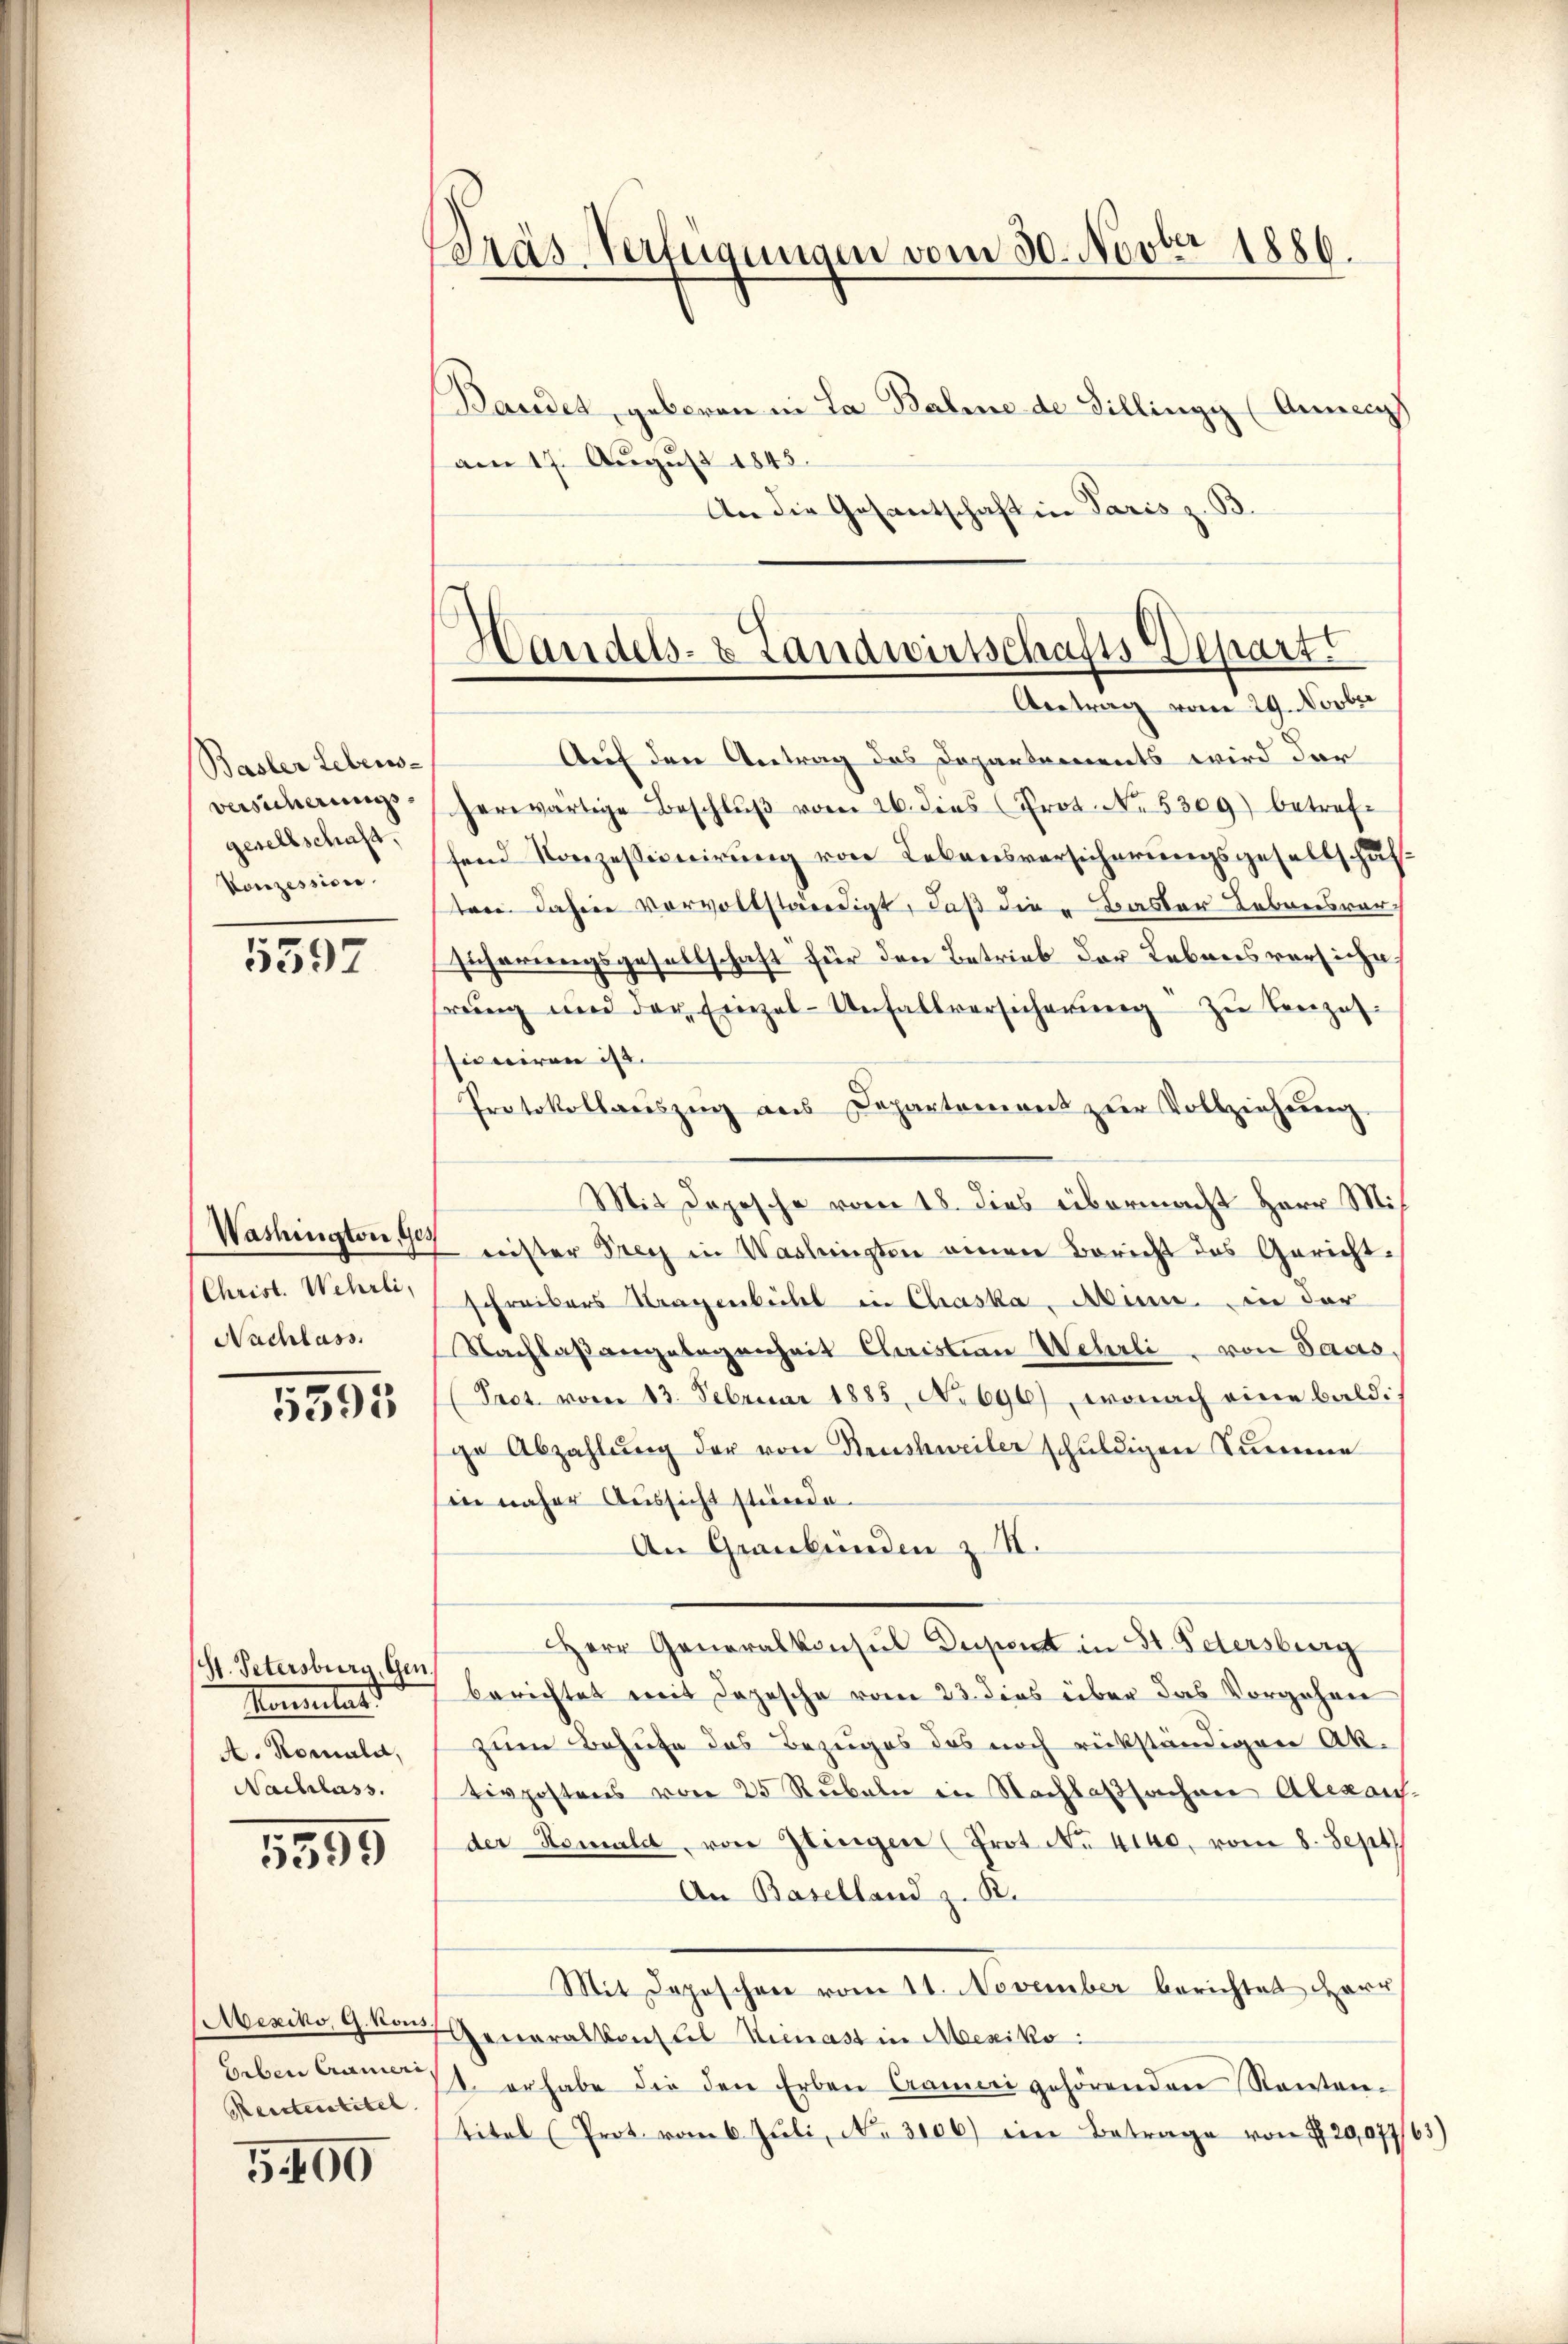
Basler Lebens-
versicherungs-
gesellschaft,
Konzession.

5597

Washington, Ges
(Christ. Wehrli,
Nachlass.

5595

St. Petersburg, Gen.
Konsulat d
A. Romald,
Nachlass.

5399

Mexiko, G. kons
Erben Crameri
Reisteratitel.

G. 400

Bräs-Verfügungen vom 30. Novber 1886.
Bandet, geboren in La Baline de Tilling (Anneig

am 17. August 1845.
An die Gesantschaft in Paris z. B.

Handels- & Landwirtschafts-Depart.
Antrag vom 29. Novber

Auf den Antrag des Departements wird der
serwärtige Beschlŭβ vom 26. dies Prot. No. 5309) betreffend Konzessionirung von Lebensversicherungsgesellschaftare dahin vervollständigt, daß die Baster Lebreisversicherungsgesellschaft für den Betrieb der Lebens versiche
rŭng und der Einzel-Unfallversicherŭng zu Bezahssioniren ist.
Protokollauszug aus Departement zŭr Vollziehung.
Mit Depesche vom 18. dies übermacht Herr Mis
nister Frey in Washingten einen Bericht des Gericht
schreibers Stragenbühl in Chaska, Anm. in der
Nachlaßangelegenheit Christian Wehrli von Paas¬
(Fact. vom 13. Februar 1885, No 696), wonach eine baldi
ge Abzahlung der von Neuschweiler schuldigen Summe
in näher Aussicht stünde.
An Graubünden z S.
Herr Generalkonsul Dapont in St. Petersburg
berichtet mit Dojesche vom 23. dies über das Vorgehen
zum Behufe des Bezuges das noch rückständigen Aktivpostens von 25 Rubeln in Nachlaßsachen Alexans.
der Komald, von Glingen (Prot. No. 4140. vom 8. Sept
An Baselland z. B.
Mit Depeschen vom 11. November berichtet Herr
Generalkonsul Simast in Mexiko:
1. erhabe die den Erben Camere gehörenden Konten-
Titel (Prot. vom 6. Juli, No. 3106) ein Betrage von § 29,07763)